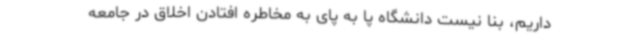
داریم، بنا نیست دانشگاه پا به پای به مخاطره افتادن اخلاق در جامعه